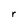
Character: r